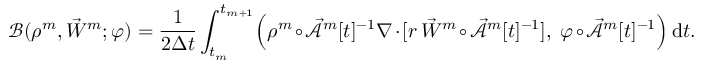
\mathscr { B } ( \rho ^ { m } , \vec { W } ^ { m } ; \varphi ) = \frac { 1 } { 2 \Delta t } \int _ { t _ { m } } ^ { t _ { m + 1 } } \Bigl ( \rho ^ { m } \circ \mathcal { \vec { A } } ^ { m } [ t ] ^ { - 1 } \nabla \cdot [ r \, \vec { W } ^ { m } \circ \mathcal { \vec { A } } ^ { m } [ t ] ^ { - 1 } ] , ~ \varphi \circ \mathcal { \vec { A } } ^ { m } [ t ] ^ { - 1 } \Bigr ) \, \mathrm { d } t .